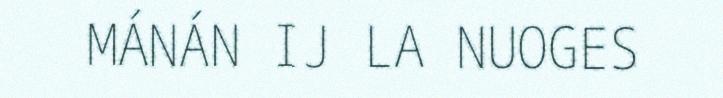
MÁNÁN IJ LA NUOGES